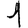
Digit: 1